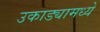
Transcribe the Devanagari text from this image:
उकाड्यामध्ये